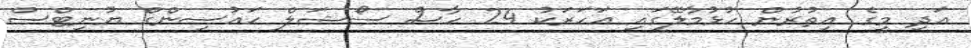
އަދި މީގެ އިތުރުން ހުޅުމާލޭގައި އަހަރަކު 24 ހާސް ސޯޝަލް ހައުސިންގް ޔުނިޓްސް